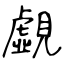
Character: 覷